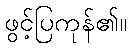
ဖွင့်ပြကုန်၏။